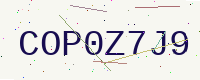
Text: COP0Z7J9